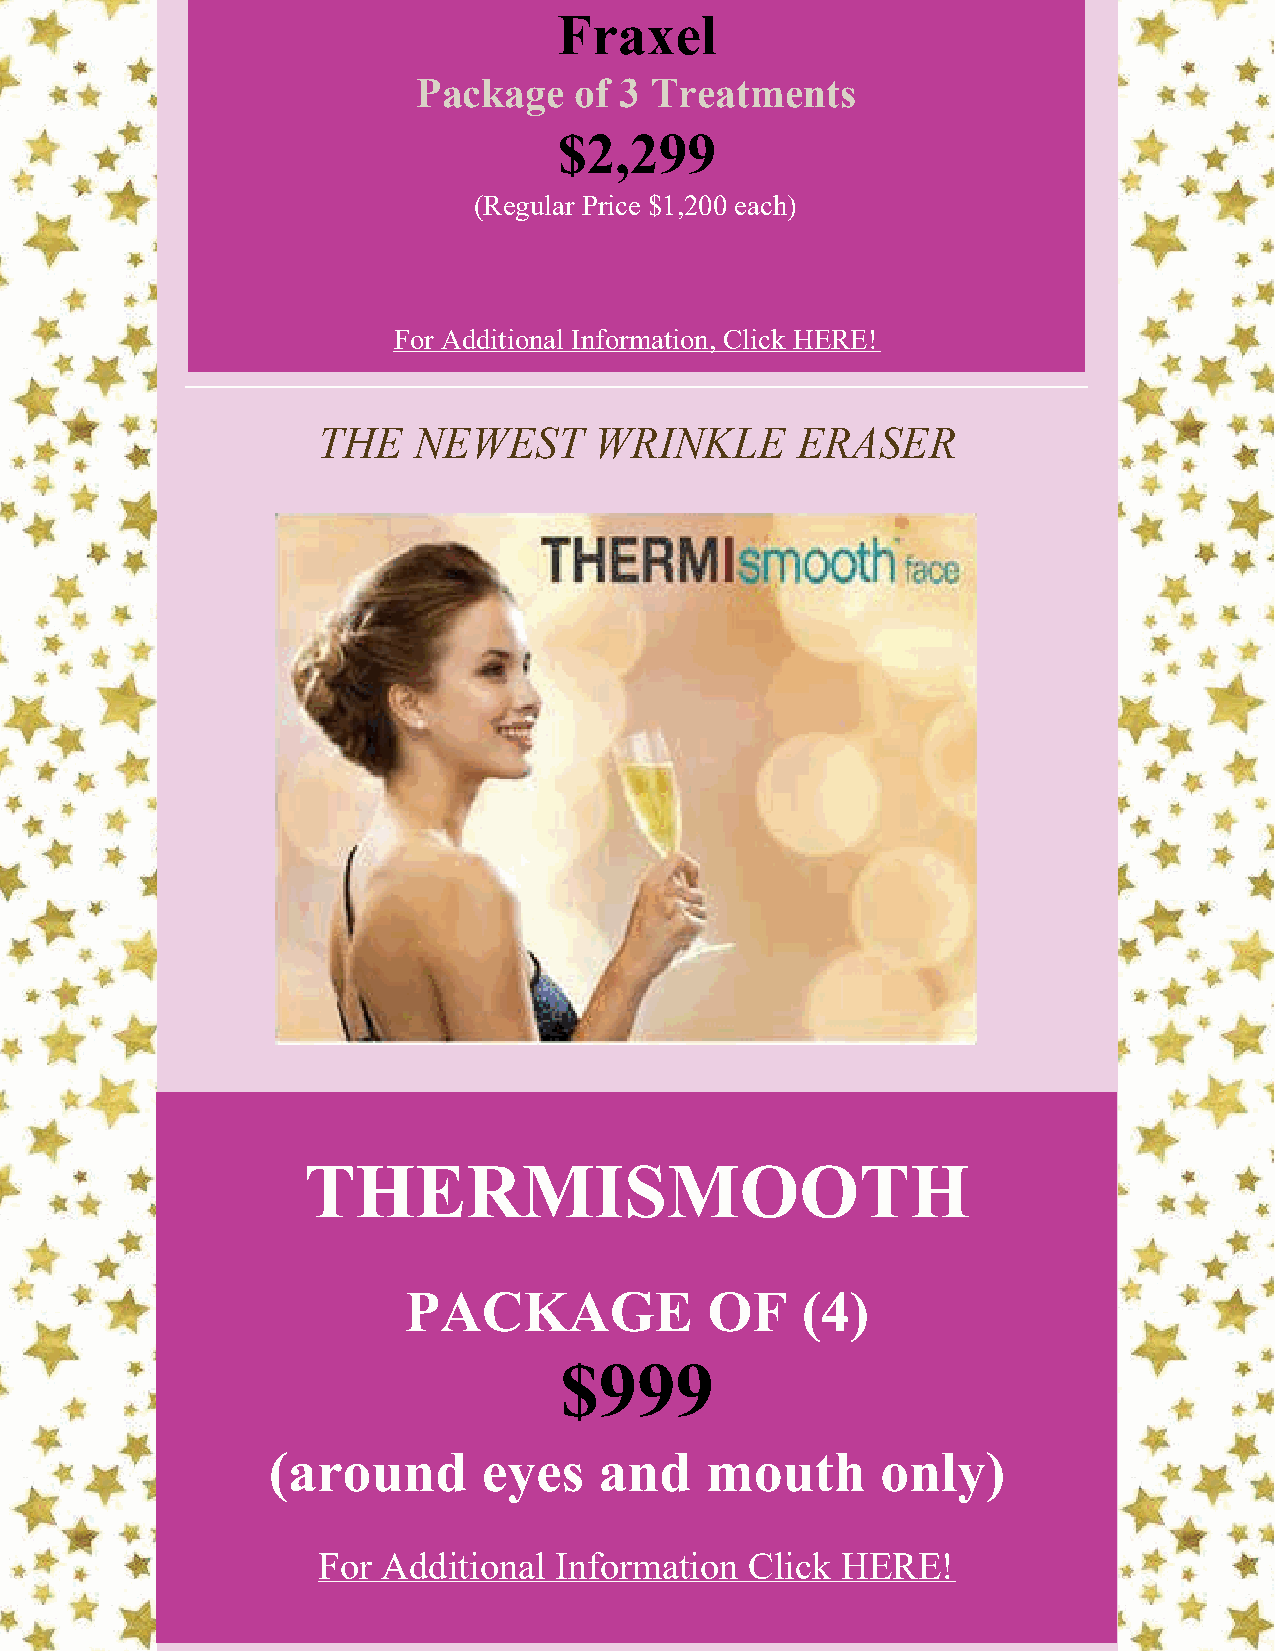
Fraxel
 Package   of 3 Treatments
 $2,299
 (Regular Price $1,200 each)
 For Additional Information, Click HERE!
 THE   NEWEST      WRINKLE       ERASER
 THERMISMOOTH
 PACKAGE             OF    (4)
 $999
 (around       eyes    and    mouth      only)
 For Additional  Information  Click HERE!